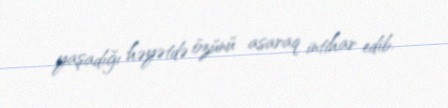
yaşadığı həyətdə özünü asaraq intihar edib.